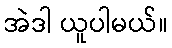
အဲဒါ ယူပါမယ်။